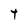
Character: t